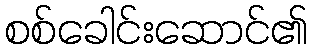
စစ်ခေါင်းဆောင်၏